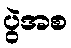
ပွဲအစ